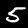
Digit: 5